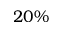
2 0 \%